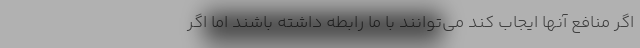
اگر منافع آنها ایجاب کند می‌توانند با ما رابطه داشته باشند اما اگر